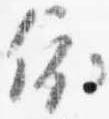
依